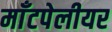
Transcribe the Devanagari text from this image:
माँटपेलीयर